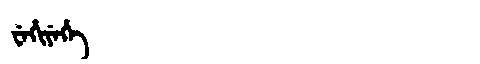
Manchu: ᠸᡝᡥᡳᠶᡝᡥᡝ
Romanization: WEHIYEHE